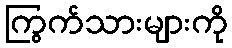
ကြွက်သားများကို